Indian journal of veterinary science and animal husbandry - Volumes 26-27, 1956-1957
Year: 1956
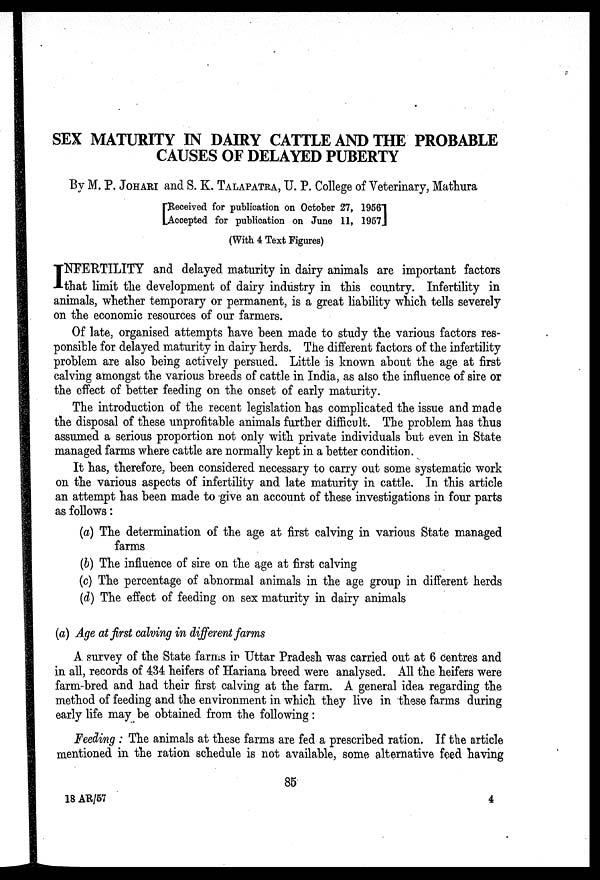
SEX MATURITY IN DAIRY CATTLE AND THE PROBABLE
CAUSES OF DELAYED PUBERTY
By M. P. JOHARI and S. K. TALAPATRA, U. P. College of Veterinary, Mathura
[ Received for publication on October 27, 1956
Accepted for publication on June 11, 1957]
(With 4 Text Figures)
I NFERTILITY and delayed maturity in dairy animals are important factors
that limit the development of dairy industry in this country. Infertility in
animals, whether temporary or permanent, is a great liability which tells severely
on the economic resources of our farmers.
Of late, organised attempts have been made to study the various factors res-
ponsible for delayed maturity in dairy herds. The different factors of the infertility
problem are also being actively persued. Little is known about the age at first
calving amongst the various breeds of cattle in India, as also the influence of sire or
the effect of better feeding on the onset of early maturity.
The introduction of the recent legislation has complicated the issue and made
the disposal of these unprofitable animals further difficult. The problem has thus
assumed a serious proportion not only with private individuals but even in State
managed farms where cattle are normally kept in a better condition.
It has, therefore, been considered necessary to carry out some systematic work
on the various aspects of infertility and late maturity in cattle. In this article
an attempt has been made to give an account of these investigations in four parts
as follows:
(a) The determination of the age at first calving in various State managed
farms
(b) The influence of sire on the age at first calving
(c) The percentage of abnormal animals in the age group in different herds
(d) The effect of feeding on sex maturity in dairy animals
(a) Age at first calving in different farms
A. survey of the State farms in Uttar Pradesh was carried out at 6 centres and
in all, records of 434 heifers of Hariana breed were analysed. All the heifers were
farm-bred and had their first calving at the farm. A general idea regarding the
method of feeding and the environment in which they live in these farms during
early life may be obtained from the following:
Feeding : The animals at these farms are fed a prescribed ration. If the article
mentioned in the ration schedule is not available, some alternative feed having
85
18 AR/57
4